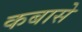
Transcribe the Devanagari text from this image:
कबासे